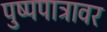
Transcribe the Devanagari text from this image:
पुष्पपात्रावर